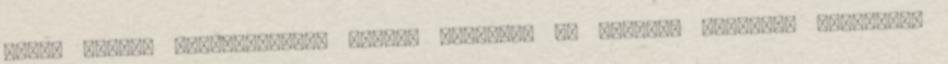
Guard gyors, zökkenőmentes üzlet, köszönöm sz gabor90 szerint: Hirdetés: